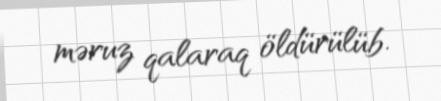
məruz qalaraq öldürülüb.